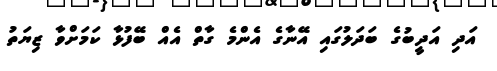
އަދި އަދީބުގެ ބަދަލުގައި އޭނާގެ އެންމެ ގާތް އެއް ބޭފުޅާ ކަމަށްވާ ޒިޔަތު